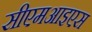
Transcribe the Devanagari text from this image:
सीएमआइएस